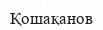
Қошақанов